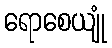
ရောစေယျုံ